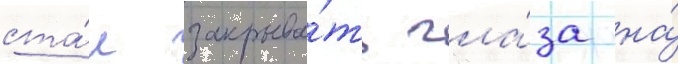
ста́л закрыва́ть гла́за на́